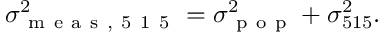
\sigma _ { \mathrm { ~ m ~ e ~ a ~ s ~ , ~ 5 ~ 1 ~ 5 ~ } } ^ { 2 } = \sigma _ { \mathrm { ~ p ~ o ~ p ~ } } ^ { 2 } + \sigma _ { 5 1 5 } ^ { 2 } .